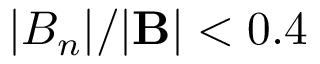
| B _ { n } | / | \mathbf { B } | < 0 . 4